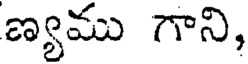
ణ్యము గాని,